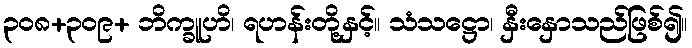
၃၀၈+၃၀၉+ ဘိက္ခူဟိ၊ ရဟန်းတို့နှင့်။ သံသဋ္ဌော၊ နှီးနှောသည်ဖြစ်၍။